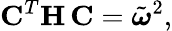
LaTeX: {\mathbf C}^{T}{\mathbf H}\, {\mathbf C}=\tilde{\boldsymbol{\omega}}^{2},